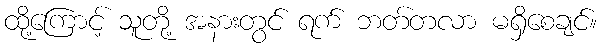
ထို့ကြောင့် သူတို့ အနားတွင် ရက် ဘတ်တလာ မရှိစေချင်။